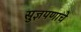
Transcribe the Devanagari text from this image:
सुज्ञपणाचे